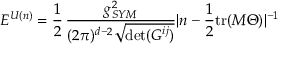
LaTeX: { \cal E } ^ { U ( n ) } = \frac { 1 } { 2 } \, \frac { g _ { S Y M } ^ { 2 } } { ( 2 \pi ) ^ { d - 2 } \sqrt { \operatorname * { d e t } ( G ^ { i j } ) } } | n - \frac { 1 } { 2 } \mathrm { t r } ( M \Theta ) | ^ { - 1 } \,